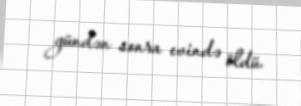
gündən sonra evində öldü.